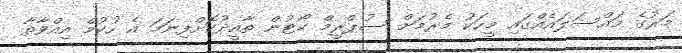
މަރުގެ މައްސަލައެއްގައި މީހަކު މެރުމަށް ސުޕްރީމް ކޯޓުން ތާއީދުކޮށްފިނަމަ އެ ހުކުމް އިއްވާތާ